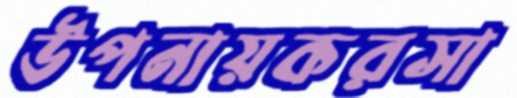
উপনায়করসা